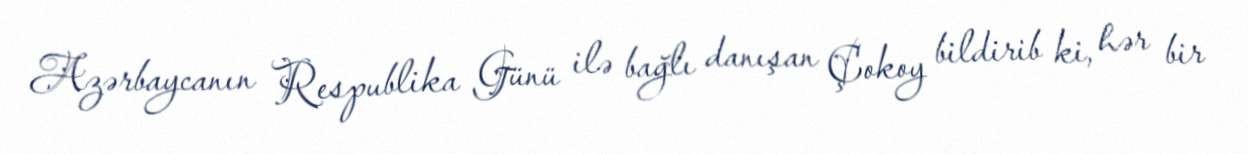
Azərbaycanın Respublika Günü ilə bağlı danışan Çokoy bildirib ki, hər bir